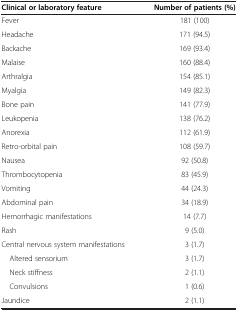
<table><thead><tr><td><b>Clinical or laboratory feature</b></td><td><b>Number of patients (%)</b></td></tr></thead><tbody><tr><td>Fever</td><td>181 (100)</td></tr><tr><td>Headache</td><td>171 (94.5)</td></tr><tr><td>Backache</td><td>169 (93.4)</td></tr><tr><td>Malaise</td><td>160 (88.4)</td></tr><tr><td>Arthralgia</td><td>154 (85.1)</td></tr><tr><td>Myalgia</td><td>149 (82.3)</td></tr><tr><td>Bone pain</td><td>141 (77.9)</td></tr><tr><td>Leukopenia</td><td>138 (76.2)</td></tr><tr><td>Anorexia</td><td>112 (61.9)</td></tr><tr><td>Retro-orbital pain</td><td>108 (59.7)</td></tr><tr><td>Nausea</td><td>92 (50.8)</td></tr><tr><td>Thrombocytopenia</td><td>83 (45.9)</td></tr><tr><td>Vomiting</td><td>44 (24.3)</td></tr><tr><td>Abdominal pain</td><td>34 (18.9)</td></tr><tr><td>Hemorrhagic manifestations</td><td>14 (7.7)</td></tr><tr><td>Rash</td><td>9 (5.0)</td></tr><tr><td>Central nervous system manifestations</td><td>3 (1.7)</td></tr><tr><td> Altered sensorium</td><td>3 (1.7)</td></tr><tr><td> Neck stiffness</td><td>2 (1.1)</td></tr><tr><td> Convulsions</td><td>1 (0.6)</td></tr><tr><td>Jaundice</td><td>2 (1.1)</td></tr></tbody></table>